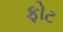
ફોટ